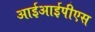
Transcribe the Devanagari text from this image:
आईआईपीएस